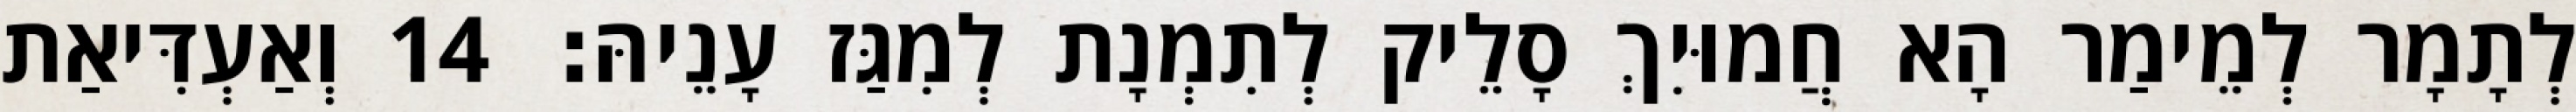
לְתָמָר לְמֵימַר הָא חֲמוּיִךְ סָלֵיק לְתִמְנָת לְמִגַּז עָנֵיהּ׃ 14 וְאַעְדִּיאַת